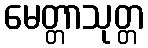
မေတ္တာသုတ္တ